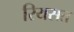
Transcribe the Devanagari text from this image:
रियसत